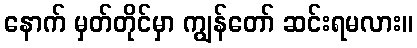
နောက် မှတ်တိုင်မှာ ကျွန်တော် ဆင်းရမလား။